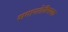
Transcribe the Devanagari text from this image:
समानतेविषयक